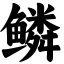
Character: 鳞